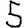
Digit: 5